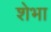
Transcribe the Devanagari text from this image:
शेभा